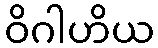
ဝိဂါဟိယ